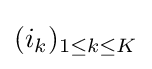
(i_{k})_{1\leq k\leq K}